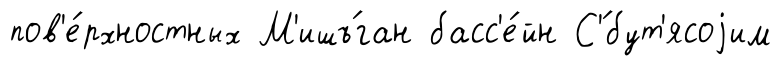
пов'е́рхностных М'ишъ́ган басс'е́йн С'́бут'ясоjим